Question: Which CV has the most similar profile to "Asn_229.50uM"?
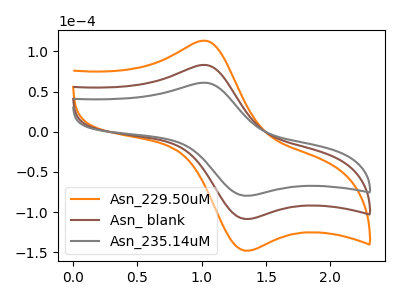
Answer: <think>The orange curve "Asn_229.50uM" has an anodic peak at (1.00V, 166.15uA) and a cathodic peak at (1.35V, -217.25uA). The brown curve "Asn_ blank" has an anodic peak at (1.00V, 83.05uA) and a cathodic peak at (1.35V, -108.65uA). The gray curve "Asn_235.14uM" has an anodic peak at (1.00V, 60.95uA) and a cathodic peak at (1.35V, -79.70uA).
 All the peaks in "Asn_229.50uM" have a peak in "Asn_ blank" at the same potential. Every peak in "Asn_229.50uM" is higher than every peak in "Asn_ blank". All the peaks in "Asn_229.50uM" have a peak in "Asn_235.14uM" at the same potential. Every peak in "Asn_229.50uM" is higher than every peak in "Asn_235.14uM". All the peaks in "Asn_ blank" have a peak in "Asn_235.14uM" at the same potential. Every peak in "Asn_ blank" is higher than every peak in "Asn_235.14uM".</think>
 <answer>"Asn_229.50uM" and "Asn_ blank" have a similar shape to "Asn_235.14uM".</answer>
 <eval>"Asn_229.50uM" "Asn_ blank"</eval>